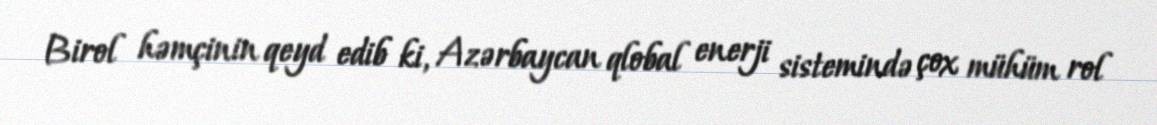
Birol həmçinin qeyd edib ki, Azərbaycan qlobal enerji sistemində çox mühüm rol